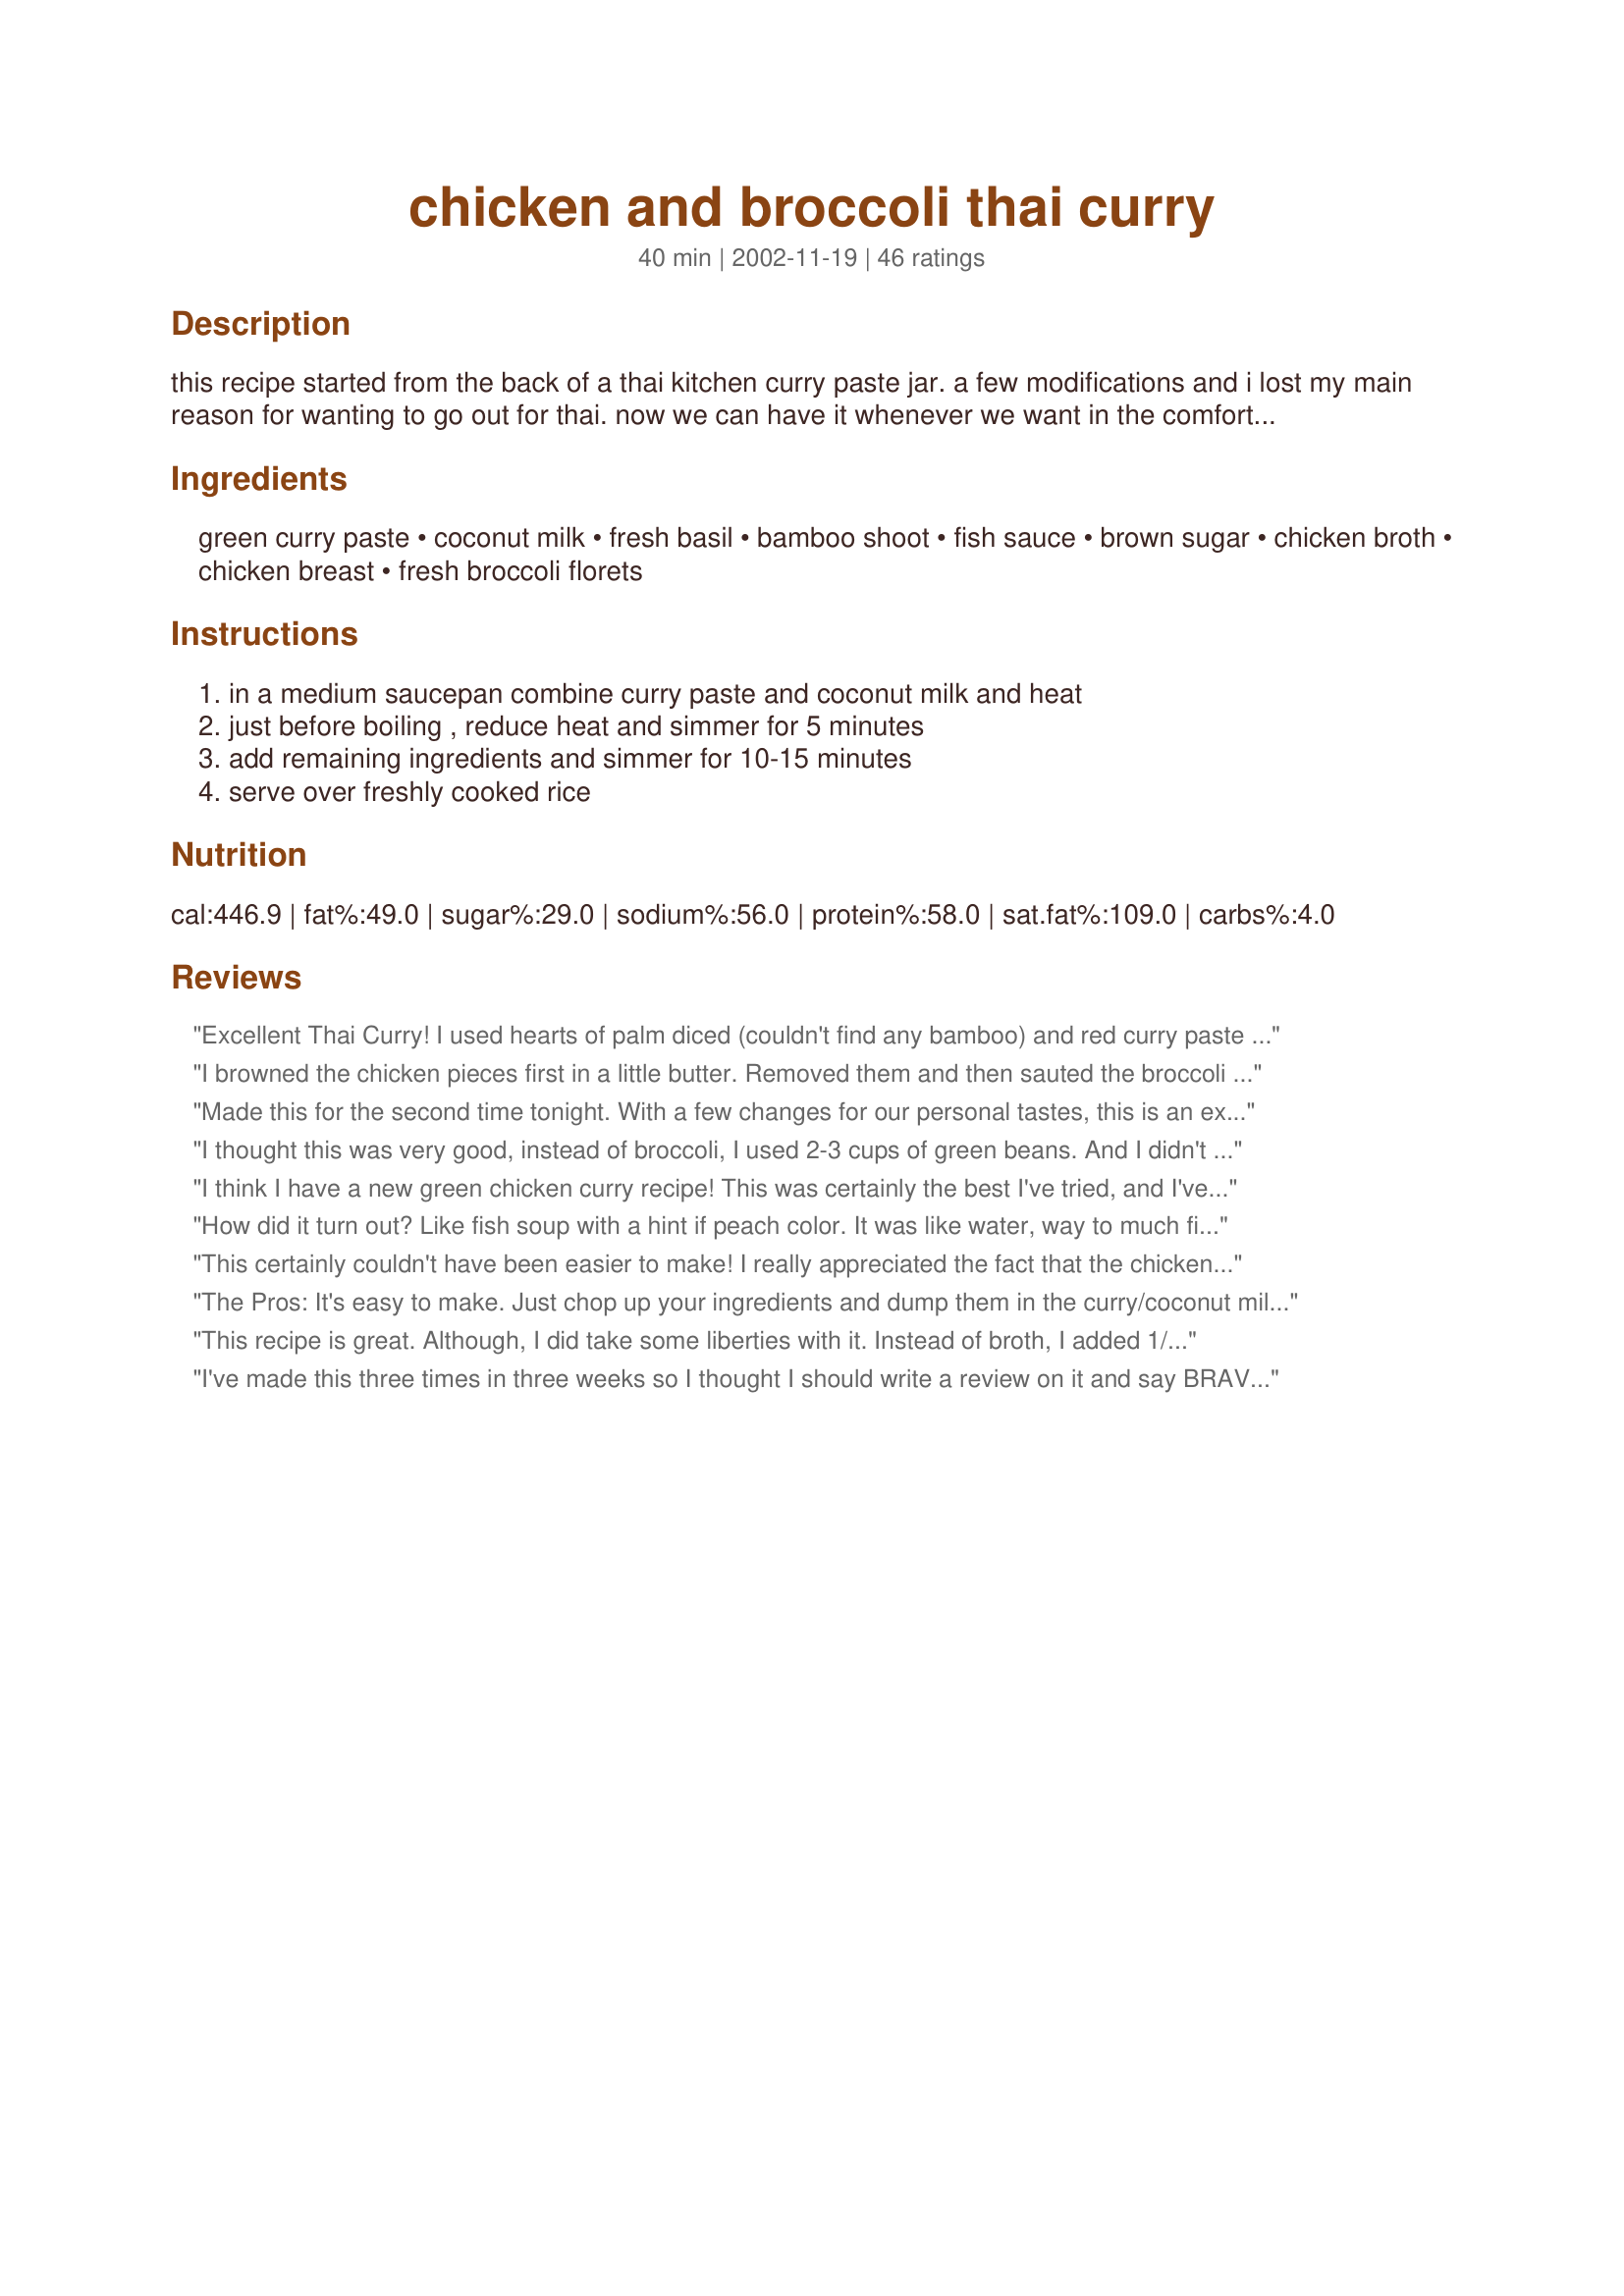
chicken and broccoli thai curry
Preparation time: 40 minutes

this recipe started from the back of a thai kitchen curry paste jar. a few modifications and i lost my main reason for wanting to go out for thai. now we can have it whenever we want in the comfort of home. use chicken or beef or eliminate the meat and use your favorite vegetables. this is a versatile and tasty recipe.

Ingredients:
green curry paste, coconut milk, fresh basil, bamboo shoot, fish sauce, brown sugar, chicken broth, chicken breast, fresh broccoli florets

Steps:
in a medium saucepan combine curry paste and coconut milk and heat, just before boiling , reduce heat and simmer for 5 minutes, add remaining ingredients and simmer for 10-15 minutes, serve over freshly cooked rice

Reviews:
Excellent Thai Curry! I used hearts of palm diced (couldn't find any bamboo) and red curry paste and the heat was just right for us - even the 2 year old liked it (I was surprised!). For those who think it's too thin - Thai curries are usually thinner than Indian curries, but if you like a thicker sauce you can mix 2-3 tbs of cornstarch with 1/4 cup of cream or milk in a separate cup and then add it to the curry towards the end of the cooking. Cook and stir until thickened. Great flavors! I used light coconut milk this time, but I missed the richness and will use regular next time. I might also reduce the fish oil to 2 tbs next time to allow the sweetness to come through more. Thanks so much for an awesome recipe!
I browned the chicken pieces first in a little butter. Removed them and then sauted the broccoli in a little butter too. I made the sauce and added the meat and broccoli and simmered it. This is excellent!
Made this for the second time tonight. With a few changes for our personal tastes, this is an excellent recipe! I used twice as much green curry paste, twice as much fresh basil, not as much chicken and more broccoli. I also added a little bit of asian greens (tatsoi) and 8 kaffir lime leaves. The lime leaves really added a nice flavor! Thanks for the recipe!
I thought this was very good, instead of broccoli, I used 2-3 cups of green beans. And I didn't have fresh basil so I used dried which I don't think added much to this dish. When I sat down to eat, I remembered I had fresh cilantro so I chopped some up and it was great with the sauce. Thanks for sharing!
I think I have a new green chicken curry recipe! This was certainly the best I've tried, and I've tried a lot in the search for a good thai curry. I added a carrot as well, next time might pop in an onion too - this is a great way to get me(!) to eat veggies. I used a mix of lite coconut milk and lite coconut cream to use up some cans in my fridge. I did need to thicken it just a little at the end. Can't wait for lunch today, thanks for a really lovely recipe which will be a regular in our home!
How did it turn out? Like fish soup with a hint if peach color. It was like water, way to much fish sauce! Add twice the curry &amp; half the fish sauce, had to thicken w/corn starch. Definitely will not make again.
This certainly couldn't have been easier to make! I really appreciated the fact that the chicken was poached in the liquid and not cooked separately - very moist. Child-friendly as the curry paste didn't overpower the remaining ingredients. I even got to use that can of bamboo shoots I've had in the cupboard since...can't remember.LOL We reallyl liked this.
The Pros: It's easy to make. Just chop up your ingredients and dump them in the curry/coconut milk mixture. The Cons: It was way too watery. The chicken and veggies were drowned in sauce.
This recipe is great. Although, I did take some liberties with it. Instead of broth, I added 1/4 cup of water and half of a chicken bouillon cube, I used light coconut milk, I steamed the broccoli, added julienned orange pepper toward the end of the cooking, added a cup of shrimp, and a cup of string beans. I also added a sprinkle of lime juice.
I've made this three times in three weeks so I thought I should write a review on it and say BRAVO!! It has become the second most requested recipe in my house (Recipe #43473 Sweet Potato and Black Bean Burritos being the first). It is an easy recipe to alter and I've never made it the same way twice. Each time I've had to double the recipe. I always add more vegetables. The last time I made it I fixed it with broccoli, cauliflower, a red pepper and a yellow pepper. It was as beautiful as it was tasty. Oh, and I steam the vegetables and then add them at the end right before serving. I didn't like the way the vegetables turned out when I cooked them in the sauce. Great recipe, thanks!
Great Thai Chicken! I actually used 1/2 chicken and 1/2 jumbo shrimp. (The shrimp needed a little less time to cook, so I threw it in about 5 minutes after the chicken.) I may cut down on the sugar slightly next time as it was a tad on the sweet side, but great nevertheless.
My favorite chicken dish.
This was really tasty and easy as well. I made a few changes: used homemade curry paste, subbed cilantro for the basil and water chestnuts for the bamboo. It all worked great, which I think is what is so good about this recipe- you can alter it any way you like and it will still be good. Thanks
I like the basic idea, but it really needs more curry (both the spices and the heat)! Will use significantly more next time around -- but there *will* be a next time around!
this was DELICIOUS! so flavorful and just so yummy. followed everything to the T except omitted the bamboo shoots. whole family loved it...wasn't spicy so it was perfect for them. thank you so much for sharing this wonderful recipe...will go into my favorites file.
Wonderful recipe with fantastic flavours. Didn't have broccoli, so successfully subbed chopped green beans and bok choy. Also added a generous squeeze of lime juice. As a previous reviewer said, there was too much sauce. In future, I'll cut back on or omit the chicken broth. Thanks for a great dish.
My family absolutely loves this recipe! We had fallen in love with the food at the new Thai restaurant in our city and I wanted a Thai recipe I could make at home. This is a quick and easy recipe that tastes like it took all day to make. You could change it around and use any kind of meat or vegetables and it would still be great. Thanks luvinlif2k!
I tried it and this is fabulous!! I threw everything in the crockpot. I just used broccoli. I mixed the coconut milk and curry paste together first, then put in three whole chicken breasts and everything else. I didn&#039;t make any modifications. I put the Crock Pot on high for 2 hours. After the chicken was done, I put the whole chicken breasts in my Kitchen Aid mixer with a paddle attachment and let it shred. Put the shredded chicken back in the crockpot and it was beautiful and delicious!! Thanks for an easy meal. Will definitely make often.
I always triple this recipe. Changes other than tripling: 1 can (green) curry paste, 1/4 cup dried basil, 2 cans diced tomatoes, 3 chicken bullion cubes. Fresh grated coconut makes this the best! This is one of the most versatile recipes I make. Love it!
Really tasty and super easy! I used shrimp instead of chicken and just threw it in the pot during the last five minutes of cooking. I'll definitely make this again and try some other meats/veggies.
Very good. Thanks.
Added baby corn and straw mushrooms, increased the amount of curry, added a tablespoon of fish sauce, doubled the brown sugar, and added a few shakes of crushed red pepper. Bought a sweet basil plant from Home Depot and we were good to go! We also threw in about 3 T of corn starch as lolablitz recommended. It turned the sauce into a perfect consistency (for me) without having to cut back on the fish sauce or chicken stock. I am so thankful to luvinlif2k for sharing this recipe. It's quick, easy, and delicious!
I have been looking for a recipe like this for a very long time. I love this dish and have enjoyed it at my favorite restaurant for years. After trying several recipes I am thrilled to have found this one. It is perfect. The only thing I would do is double liquid and seasonings. The more broth the better. Thank you so much for this little gem!
Delicious! The whole family enjoyed this one. I added some thinly sliced carrots, as I was using broccoli fresh from the garden and found I didn&#039;t have quite enough. I may cut back on the brown sugar just a touch next time, but this is a keeper. Served it with Jasmine rice and some naan on the side for soaking up the delicious broth. Next time I may add some fresh green chilies for DH and I to add some heat.
This was super yummy and very easy..Ive done it with chicken and shrimp...the whole family liked it so thumbs up and thanks
my friend let me try it last nigh tand i am making a double batch tonight because i loved it soooooo much !!absolutelydelicious !!!
My family really enjoyed this dish. I think the left overs will be even more flavorfull. I did reduce the chicken broth to 1/3 cup in hopes that it wouldn't be to runny. I would like figure out how to have a thicker sauce,but other than that this really was a nice dish. Thanks for the recipe!
This was a winner in my house. I followed the directions exactly and it was tasty. All the kids liked it. Personally I thought it was too bland but on the right track. Next time I'll double the curry paste and basil. We put scoops of steamed white rice in a bowl and then ladled the curry over it. yum!
Good flavor (we love green curry)and a very impressive dish for how easy it is to make. The sauce is very thin so next time I'd use less broth and I agree with Madi that I'd like to precook the vegetables and also the chicken. We had to simmer it for at least 25 minutes for the broccoli to soften up. I added half a red pepper for color.
Delicious! Would have substituted peppers and green beans instead of broccoli (like the picture). Broccoli was a bit soggy. Flavour was awesome! Will definately make again.
Excellent recipe. Got to use some end of the season basil from my garden which was very nice. Will definitely make this again.
This tastes amazing, authentic and it could not be easier to make. I had a little trouble believing all that chicken and broccoli could completely cook in 15 minutes, but they did!
Re: "lite" coconut milk...lite coconut milk is missing the good fat, doesn't taste as good as regular, and have flour added to thicken. Coconut oil is GOOD for you! :)(taken from "The Good Fat Cookbook" by Fran McCullough, page68) I've also discovered that lite coconut milk has water listed as one of the main ingredients - if I wanted to cook with water, I wouldn't be buying coconut milk! 

By the way, the recipe sounds awesome - can't wait to try it!

Micki
I made this one twice already.. excellent
Wonderful flavors in this recipe. I made half a recipe and it was perfect for the two of us. Served with Recipe #63446.
This was super, SUPER!!!! We absolutely loved it. I followed the recipe exactly and it was excellent. I made it to go over the herbed basmati rice recipe which was also fabulous!
i'm not going to rate this because i deviated so much. i made it with tofu (baked using a zaar recipe as a base) - then used worcester + soy for the fish sauce (which i do not like at all). i didn't use the chicken broth (already wet enough) but did use the lime spritz at the very end. and i used fresh veggies of all kinds - including grated organic carrots and stuffing mushrooms cut large enough to retain some texture. all i can say is wow! this is just excellent - and proof that it is versatile. the taste was exceptional and as good (or better) than any thai restaurant i've visited. i would highly encourage people to play around with this and make this their own. thank you so much for publishing it!
This was a very nice curry, I have to admit that I did put more than paste required, as my DH likes it so hot it's almost on fire, he he he but it was very very good, and so easy to make one pot to clean up, DH does the pots so he was very happy. This will be a regular on our table from now on. thanks for posting.
This was really good! I never would have been bold enough to try making curry, but this recipe was so easy and the flavor was fantastic! Some reviewers have complained that it was bland, but I think you need to taste the sauce as you go to decide if more curry paste should be added. I used the 2 Tbsp., but still wanted a bit more flavor, so I added another tsp. until the flavor felt right. I also added cornstarch at the end to thicken the sauce. Really yummy and will definitely become part of my regular meal rotation.
I really enjoyed the dish, and it was easy to make. I would recommend to anyone making this dish that the broccoli be added late in the simmering, it got a little soggy for me. Otherwise, it all worked really well.
I love how quick this recipe was. Next time, I'll cut the fish sauce down to 2-2.5 T. Thanks!
It was bland and a little disappointing. My local grocery store only carried red currysauce and I wasn&#039;t sure how spicy it was. I used the amount recommended in the recipe and the flavor was bland. Curries in restaurants tend to have very vibrant colors and this was pale peach to white in color. At serving, all the guests had to add large amounts of curry powder to their portion to make it flavorful. Next time, I may double the curry paste, or add some hot peppers, or just add a tablespoon or two of curry powder.
* Reviewed for ZWT6 Whine and Cheese Gang * Delicious! Very easy and tasty. Quite mild for a Thai curry so child-friendly for my daughters. We used fresh basil leaves from our herb garden and regular coconut milk. Lovely tender poached chicken. Served over a bed of white steamed rice. Perfect. Photo also to be posted :)
This is really good and easy to make if you have the ingredients on hand. I happen to have some red curry paste from earthlygourmet.com, and that made it especially easy. One change that I made to the recipe was to first microwave the broccoli for 2 minutes with just a couple tablespoons of water and then adding it to the curry mixture after the broccoli had stood a few minutes. That helped to maintain a bright green color and prevent overcooking. Easy and delicious.
This was very tasty. I liked being able to cook everything together in my wok. I was out of fresh basil so I had to use dried, but will make again with fresh. Made for ZWT6.
We loved this, we have tried left over grilled chicken breasts and also shrimp, we have never added the shoots either. Simple and not a drop left which earned it 5 stars in my book!
